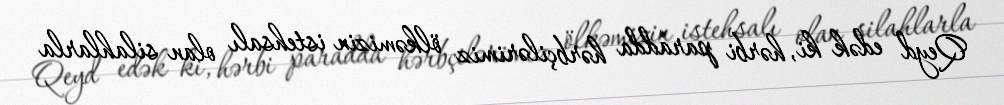
Qeyd edək ki, hərbi paradda hərbçilərimiz ölkəmizin istehsalı olan silahlarla